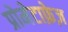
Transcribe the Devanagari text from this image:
प्रोमेटाफ़ेज़